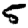
Digit: 5